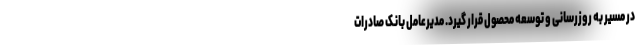
در مسیر به روزرسانی و توسعه محصول قرار گیرد. مدیرعامل بانک صادرات